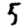
Digit: 5